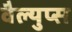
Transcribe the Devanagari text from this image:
वैल्युप्स